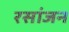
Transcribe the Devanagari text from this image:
रसांजन